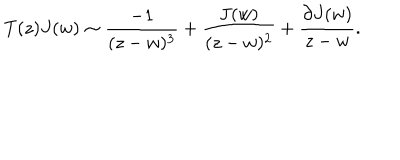
LaTeX: T ( z ) J ( w ) \sim \frac { - 1 } { ( z - w ) ^ { 3 } } + \frac { J ( w ) } { ( z - w ) ^ { 2 } } + \frac { \partial J ( w ) } { z - w } .